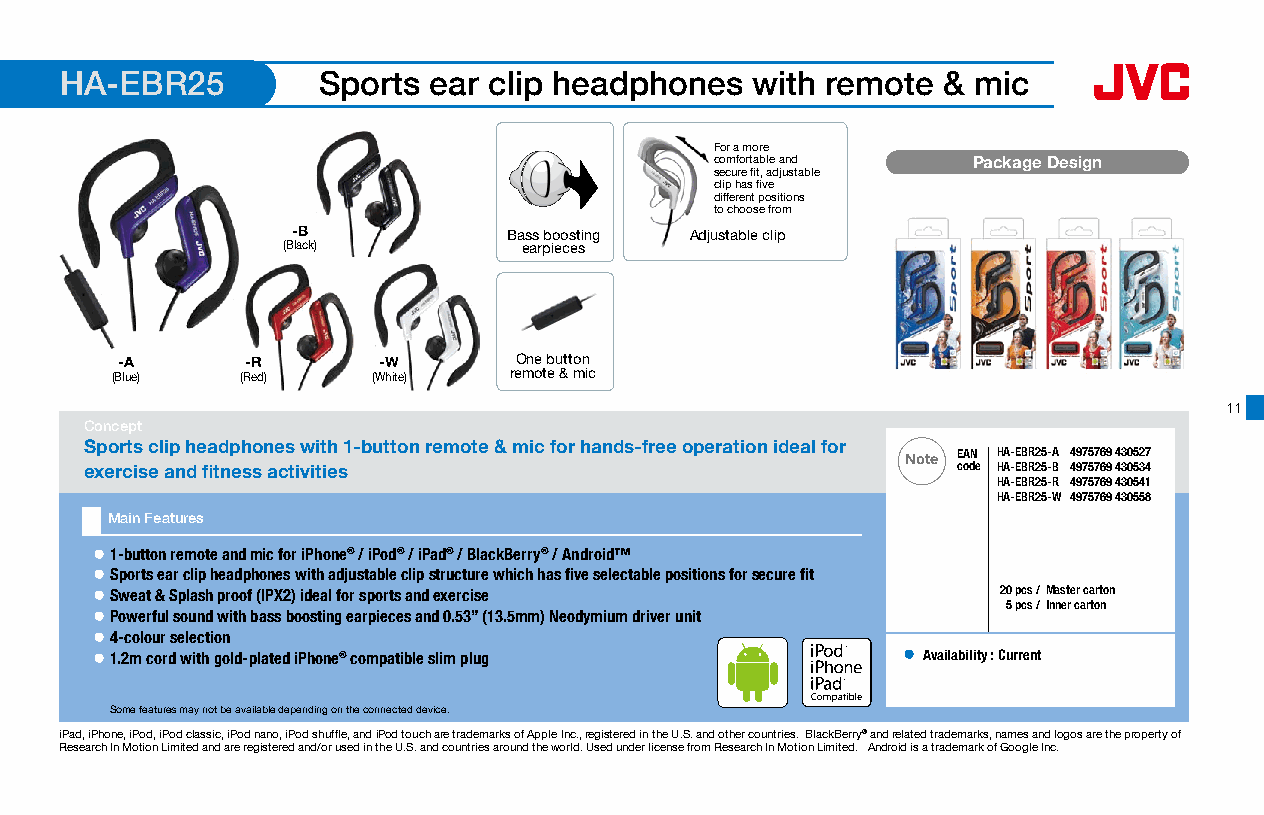
HA-EBR25         Sports ear clip headphones   with remote & mic
 For a more
 comfortable and  Package Design
 secure fit, adjustable
 clip has five
 different positions
 to choose from
 -B             Bass boosting Adjustable clip
 (Black)         earpieces
 -A      -R       -W       One button
 (Blue)   (Red)    (White)  remote & mic
 11
 Concept
 Sports clip headphones with 1-button remote & mic for hands-free operation ideal for
 Note EAN HA-EBR25-A 4975769 430527
 exercise and fitness activities                          code HA-EBR25-B 4975769 430534
 HA-EBR25-R 4975769 430541
 HA-EBR25-W 4975769 430558
 Main Features
 ● 1-button remote and mic for iPhone® / iPod® / iPad® / BlackBerry® / Android™
 ● Sports ear clip headphones with adjustable clip structure which has five selectable positions for secure fit
 ● Sweat & Splash proof (IPX2) ideal for sports and exercise 20 pcs /Master carton
 5 pcs / Inner carton
 ● Powerful sound with bass boosting earpieces and 0.53” (13.5mm) Neodymium driver unit
 ● 4-colour selection
 ● 1.2m cord with gold-plated iPhone® compatible slim plug ● Availability : Current
 16 x 16mm
 Availability : Current
 Some features may not be available depending on the connected device.
 iPad, iPhone, iPod, iPod classic, iPod nano, iPod shuffle, and iPod touch are trademarks of Apple Inc., registered in the U.S. and other countries. BlackBerry® and related trademarks, names and logos are the property of
 Research In Motion Limited and are registered and/or used in the U.S. and countries around the world. Used under license from Research In Motion Limited. Android is a trademark of Google Inc.